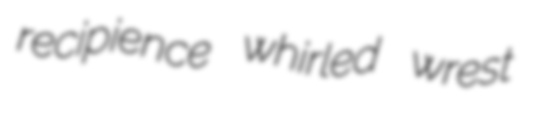
recipience whirled wrest